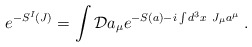
\begin{align*}e^{-S^I(J)}=\int {\cal D}a_\mu e^{-S(a)-i\int d^3x~J_\mu a^\mu }\;.\end{align*}